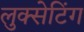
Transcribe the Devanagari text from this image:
लुक्सेटिंग